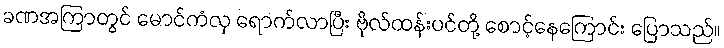
ခဏအကြာတွင် မောင်ကံလှ ရောက်လာပြီး ဗိုလ်ထန်းပင်တို့ စောင့်နေကြောင်း ပြောသည်။